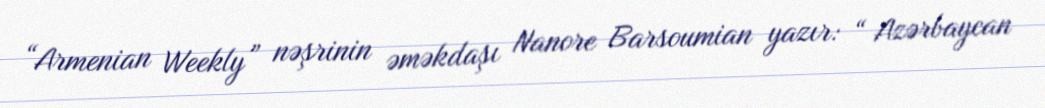
“Armenian Weekly” nəşrinin əməkdaşı Nanore Barsoumian yazır: “ Azərbaycan